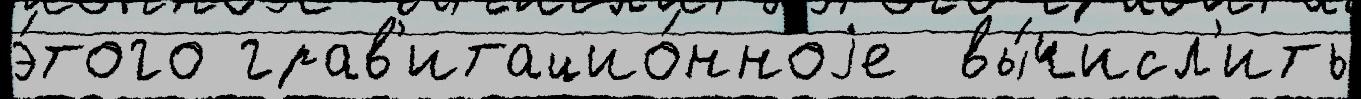
э́того грав'итацио́нноjе  вы́числ'ить